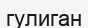
гулиган